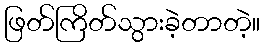
ဖြတ်ကြိတ်သွားခဲ့တာတဲ့။